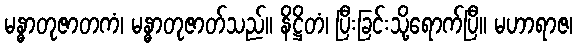
မန္ဓာတုဇာတကံ၊ မန္ဓာတုဇာတ်သည်။ နိဋ္ဌိတံ၊ ပြီးခြင်းသို့ရောက်ပြီ။ မဟာရာဇ၊